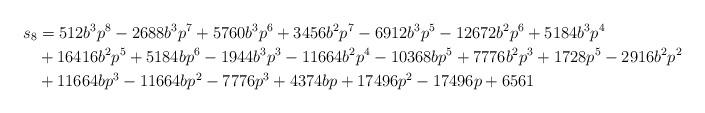
LaTeX: \begin{align*}s_8 &=512 b^3 p^8-2688 b^3 p^7+5760 b^3 p^6+3456 b^2 p^7-6912 b^3 p^5-12672 b^2 p^6+5184 b^3 p^4\\ &+16416 b^2 p^5+5184 b p^6-1944 b^3 p^3-11664 b^2 p^4-10368 b p^5+7776 b^2 p^3+1728 p^5-2916 b^2 p^2\\&+11664 b p^3-11664 b p^2-7776 p^3+4374 b p+17496 p^2-17496 p+6561\end{align*}